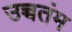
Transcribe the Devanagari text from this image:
उच्चतंम